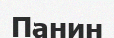
Панин